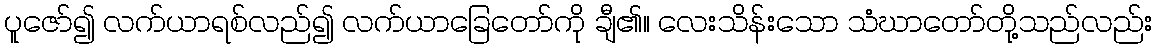
ပူဇော်၍ လက်ယာရစ်လည်၍ လက်ယာခြေတော်ကို ချီ၏။ လေးသိန်းသော သံဃာတော်တို့သည်လည်း